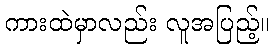
ကားထဲမှာလည်း လူအပြည့်။